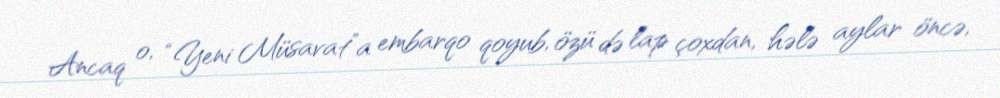
Ancaq o, “Yeni Müsavat”a embarqo qoyub, özü də lap çoxdan, hələ aylar öncə,